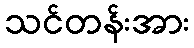
သင်တန်းအား